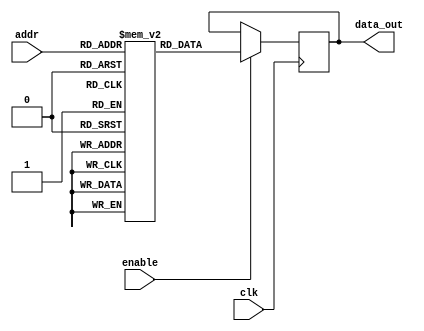
module parameterized_rom #(
    parameter ADDR_WIDTH = 4,    // Address width (number of addressable entries = 2^ADDR_WIDTH)
    parameter DATA_WIDTH = 8     // Data width (number of bits per entry)
) (
    input wire clk,              // Clock signal
    input wire [ADDR_WIDTH-1:0] addr, // Address input
    input wire enable,           // Enable signal for read operation
    output reg [DATA_WIDTH-1:0] data_out // Data output
);

    // ROM storage - Initialize with some constant values
    reg [DATA_WIDTH-1:0] rom [(2**ADDR_WIDTH)-1:0];

    // Initial block to define ROM contents
    initial begin
        // Example initialization (customize as needed)
        rom[0] = 8'hAA; // Address 0
        rom[1] = 8'hBB; // Address 1
        rom[2] = 8'hCC; // Address 2
        rom[3] = 8'hDD; // Address 3
        rom[4] = 8'hEE; // Address 4
        rom[5] = 8'hFF; // Address 5
        rom[6] = 8'h00; // Address 6
        rom[7] = 8'h11; // Address 7
        // Add more initialization as necessary for larger ROM sizes
    end

    // Always block for synchronous read operation
    always @(posedge clk) begin
        if (enable) begin
            data_out <= rom[addr]; // Read data from ROM at specified address
        end
        // If enable is low, data_out retains its last value
    end

endmodule